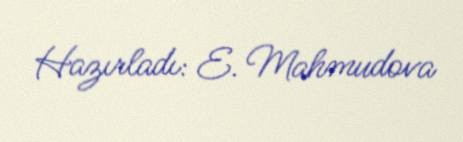
Hazırladı: E. Mahmudova